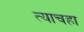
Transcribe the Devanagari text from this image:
त्याचहा